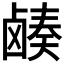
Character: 𬸷